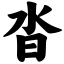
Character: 沓